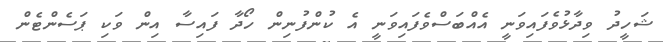
ޝަހީދު ވިދާޅުވެފައިވަނީ އެއްބަސްވެފައިވަނީ އެ ކުންފުނިން ހޯދާ ފައިސާ އިން ވަކި ޕަސެންޓެން